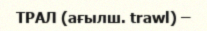
ТРАЛ (ағылш. trawl) –